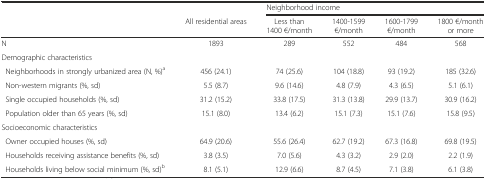
|  |  | <COLSPAN=4> Neighborhood income |
 |  | All residential areas | Less than 1400 €/month | 1400-1599 €/month | 1600-1799 €/month | 1800 €/month or more |
 | --- | --- | --- | --- | --- | --- |
 | N | 1893 | 289 | 552 | 484 | 568 |
 | Demographic characteristics |  |  |  |  |  |
 | Neighborhoods in strongly urbanized area (N, %)a | 456 (24.1) | 74 (25.6) | 104 (18.8) | 93 (19.2) | 185 (32.6) |
 | Non-western migrants (%, sd) | 5.5 (8.7) | 9.6 (14.6) | 4.8 (7.9) | 4.3 (6.5) | 5.1 (6.1) |
 | Single occupied households (%, sd) | 31.2 (15.2) | 33.8 (17.5) | 31.3 (13.8) | 29.9 (13.7) | 30.9 (16.2) |
 | Population older than 65 years (%, sd) | 15.1 (8.0) | 13.4 (6.2) | 15.1 (7.3) | 15.1 (7.6) | 15.8 (9.5) |
 | Socioeconomic characteristics |  |  |  |  |  |
 | Owner occupied houses (%, sd) | 64.9 (20.6) | 55.6 (26.4) | 62.7 (19.2) | 67.3 (16.8) | 69.8 (19.5) |
 | Households receiving assistance benefits (%, sd) | 3.8 (3.5) | 7.0 (5.6) | 4.3 (3.2) | 2.9 (2.0) | 2.2 (1.9) |
 | Households living below social minimum (%, sd)b | 8.1 (5.1) | 12.9 (6.6) | 8.7 (4.5) | 7.1 (3.8) | 6.1 (3.8) |